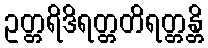
ဥတ္တရိဒိရတ္တတိရတ္တန္တိ